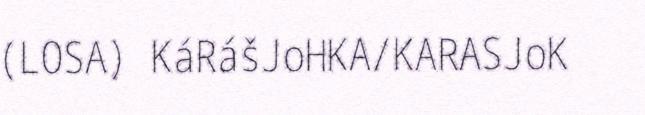
(LOSA) KáRášJoHKA/KARASJoK